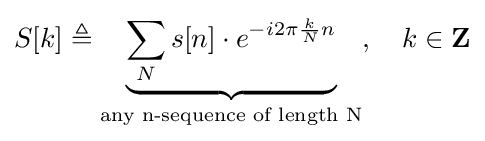
S[k]\triangleq \underbrace {\sum _{N}s[n]\cdot e^{-i2\pi {\frac {k}{N}}n}} _{\text{any n-sequence of length N}},\quad k\in \mathbf {Z}